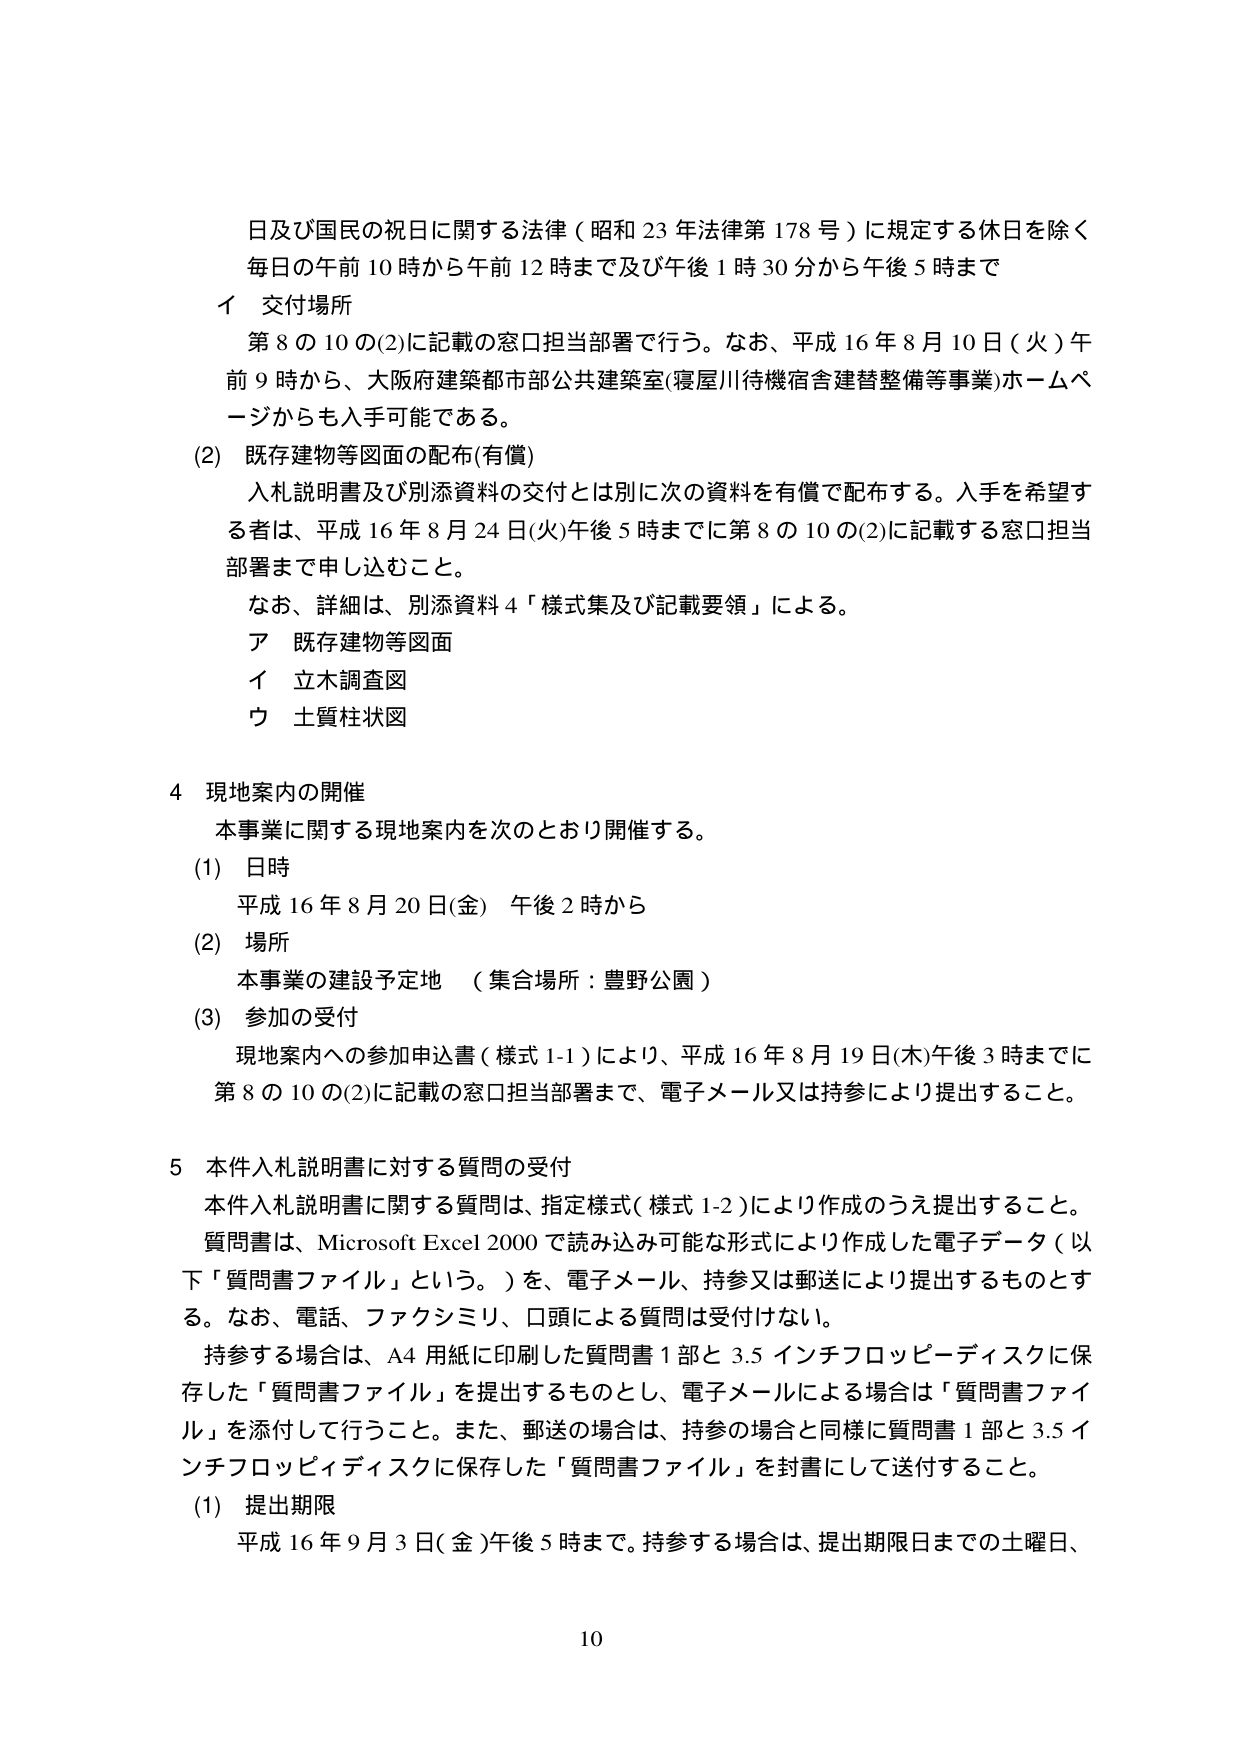
日及び国民の祝日に関する法律（昭和23年法律第178号）に規定する休日を除く
毎日の午前10時から午前12時まで及び午後1時30分から午後5時まで

イ 交付場所
第8の10の(2)に記載の窓口担当部署で行う。なお、平成16年8月10日（火）午前9時から、大阪府建築都市部公共建築室（寝屋川待機宿舎建替整備等事業）ホームページからも入手可能である。

(2) 既存建物等図面の配布（有償）
入札説明書及び別添資料の交付とは別に次の資料を有償で配布する。入手を希望する者は、平成16年8月24日（火）午後5時までに第8の10の(2)に記載する窓口担当部署まで申し込むこと。
なお、詳細は、別添資料4「様式集及び記載要領」による。
ア 既存建物等図面
イ 立木調査図
ウ 土質柱状図

4 現地案内の開催
本事業に関する現地案内を次のとおり開催する。
(1) 日時
平成16年8月20日（金） 午後2時から
(2) 場所
本事業の建設予定地 （集合場所：豊野公園）
(3) 参加の受付
現地案内への参加申込書（様式1-1）により、平成16年8月19日（木）午後3時までに第8の10の(2)に記載の窓口担当部署まで、電子メール又は持参により提出すること。

5 本件入札説明書に対する質問の受付
本件入札説明書に関する質問は、指定様式（様式1-2）により作成のうえ提出すること。
質問書は、Microsoft Excel 2000で読み込み可能な形式により作成した電子データ（以下「質問書ファイル」という。）を、電子メール、持参又は郵送により提出するものとする。なお、電話、ファクシミリ、口頭による質問は受付けない。
持参する場合は、A4用紙に印刷した質問書1部と3.5インチフロッピーディスクに保存した「質問書ファイル」を提出するものとし、電子メールによる場合は「質問書ファイル」を添付して行うこと。また、郵送の場合は、持参の場合と同様に質問書1部と3.5インチフロッピーディスクに保存した「質問書ファイル」を封書にして送付すること。
(1) 提出期限
平成16年9月3日（金）午後5時まで。持参する場合は、提出期限日までの土曜日、

10